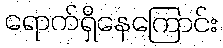
ရောက်ရှိနေကြောင်း